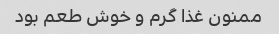
ممنون غذا گرم و خوش طعم بود